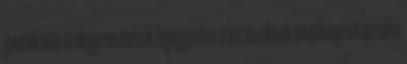
gondolkodás az alapja mindennek bejegyzéshez a hozzászólások lehetősége kikapcsolva